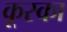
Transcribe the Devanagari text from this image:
कूस्का